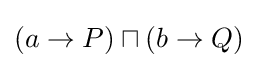
(a\to P)\sqcap (b\to Q)